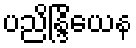
ပညိန္ဒြိယေန